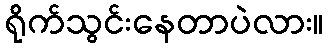
ရိုက်သွင်းနေတာပဲလား။